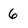
Character: 6